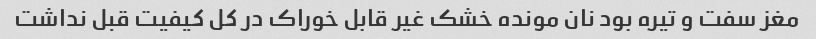
مغز سفت و تیره بود نان مونده خشک غیر قابل خوراک در کل کیفیت قبل نداشت